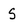
Character: S